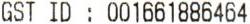
GST ID : 001661886464